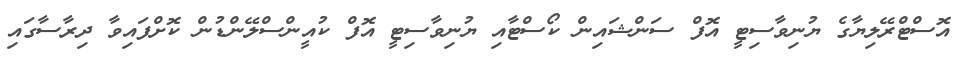
އޮސްޓްރޭލިޔާގެ ޔުނިވާސިޓީ އޮފް ސަންޝައިން ކޯސްޓާއި ޔުނިވާސިޓީ އޮފް ކުއީންސްލޭންޑުން ކޮށްފައިވާ ދިރާސާގައި